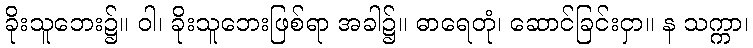
ခိုးသူဘေး၌။ ဝါ၊ ခိုးသူဘေးဖြစ်ရာ အခါ၌။ ဓာရေတုံ၊ ဆောင်ခြင်းငှာ။ န သက္ကာ၊